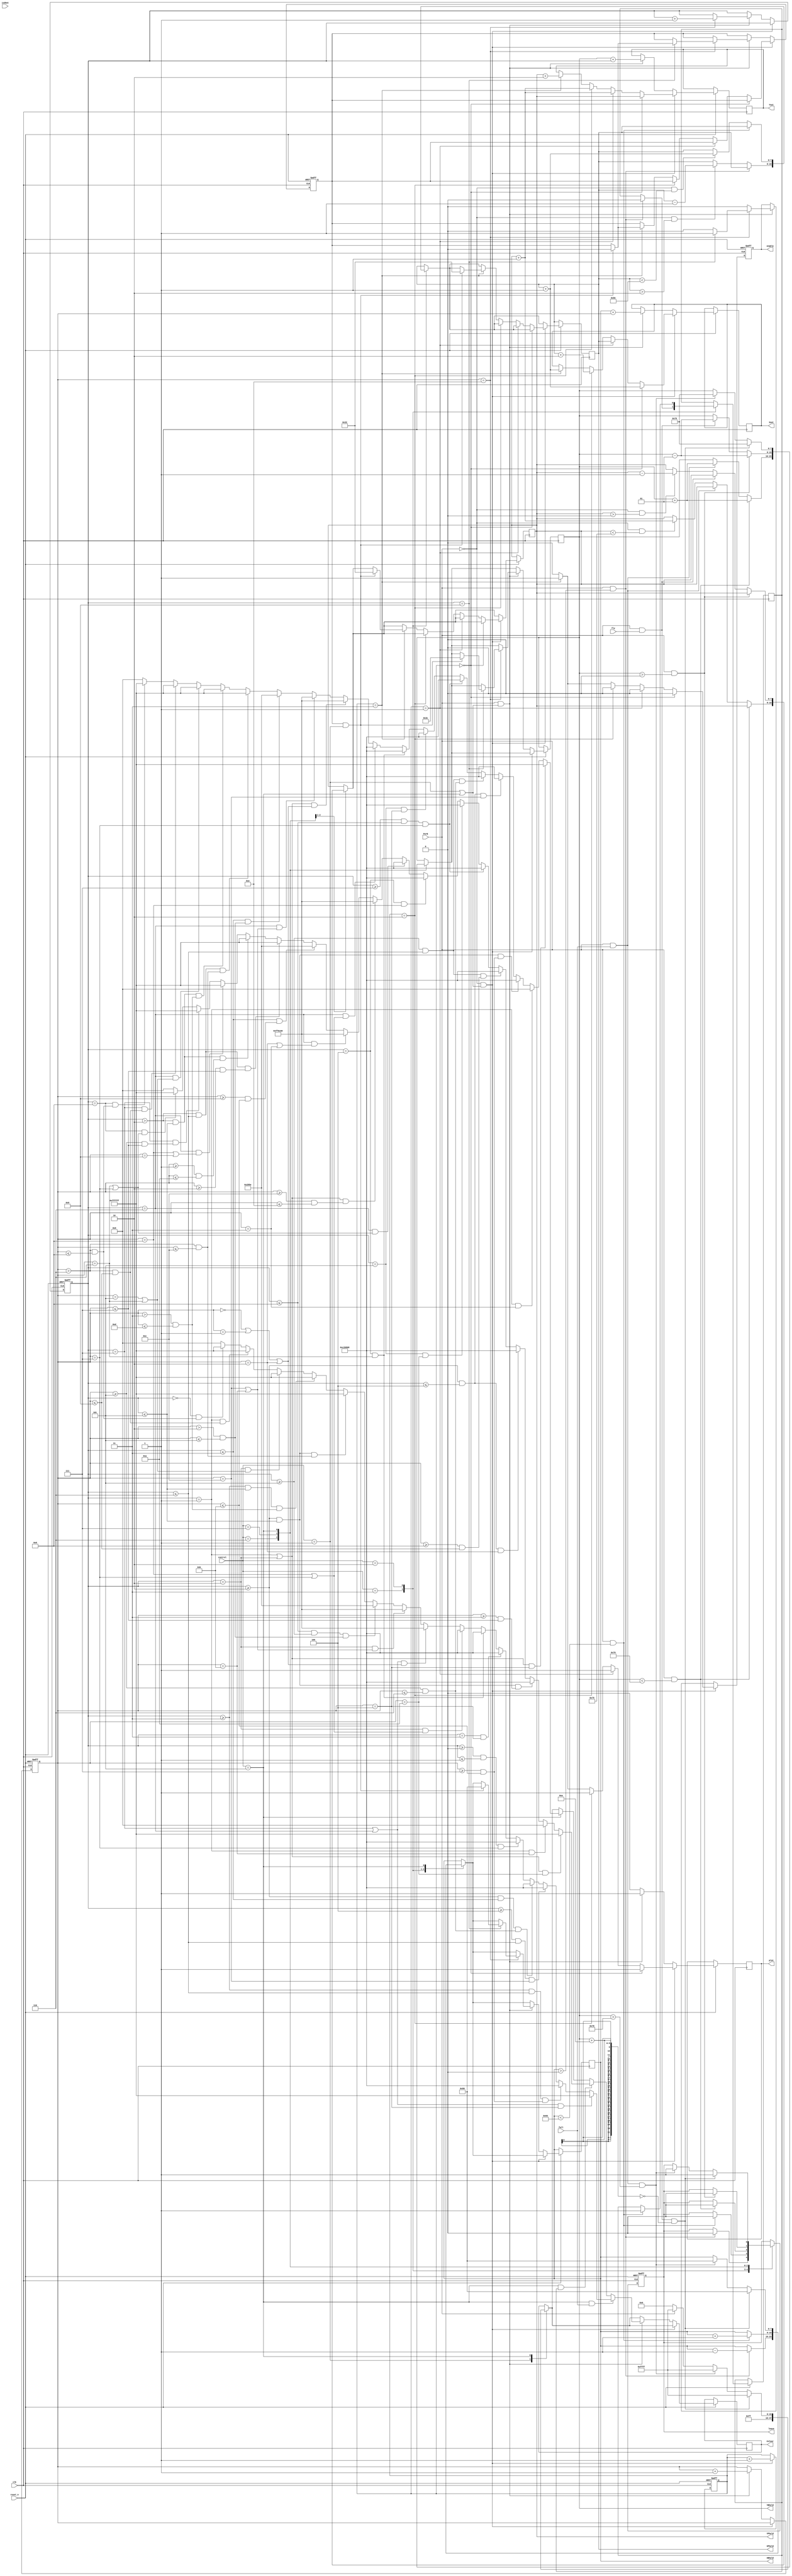
module MovementDatapath(clk, reset_n, control, Xout, Yout, Colour, plot, enable, PorB, isShot, XBhold, YBhold, XPhold, YPhold, fly, fall, leave);
	input       clk;
	input       reset_n;
	input [3:0] control;
	input       PorB;
	input 		isShot;
	input 		fly;
	input			fall;
	
	output reg [7:0] Xout = 50;
	output reg [7:0] Yout = 50;
	output reg [23:0] Colour = CROSSHAIR_COLOUR;
	output reg       plot   = 0;
	output reg       enable = 0;
	output reg		  leave = 0;
	
	reg       reset = 0;
	output reg [7:0] XPhold = 50;
	output reg [7:0] YPhold = 50;
	output reg [7:0] XBhold = 100;
	output reg signed [7:0] YBhold = 121;
	reg [1:0] drawCounter = 2'b00;
	reg [4:0] XBDraw = 5'b00000;
	reg [3:0] YBDraw = 4'b0000;
	reg right;
	
	localparam S_PREHOLD = 4'b0100,
				  S_HOLD    = 4'b0000,
				  S_P_CLEAR = 4'b0001,
				  S_P_LEFT  = 4'b0011,
				  S_P_RIGHT = 4'b0010,
				  S_P_DOWN  = 4'b0110,
				  S_P_UP    = 4'b0111,
				  S_P_DRAW  = 4'b0101;
			
	localparam HITBOX_X = 4'b1110,
				  HITBOX_Y = 4'b1001;
				  
				  
	localparam CROSSHAIR_RED    = 255,
				  CROSSHAIR_GREEN  = 0,
				  CROSSHAIR_BLUE   = 0,
				  CROSSHAIR_COLOUR = (CROSSHAIR_RED*65536) + (CROSSHAIR_GREEN*256) + CROSSHAIR_BLUE,
				  RED_COLOUR       = (194*65536) + (8*256) + 8,
				  WHITE_COLOUR     = (255*65536) + (255*256) + 255,
				  ORANGE_COLOUR    = (255*65536) + (108*256) + 0,
				  BROWN_COLOUR     = (0*65536) + (40*256) + 94,
				  BLACK_COLOUR     = 0;
	
	
	always @ (posedge clk, negedge reset_n)
	begin
		if(~reset_n)
		begin
			reset <= 1;
			enable <= 0;
			drawCounter <= 2'b00;
			XBDraw  <= 2'b00;
			YBDraw  <= 2'b00;
			leave <= 0;
		end
		
		else
		begin
			case(control)
				S_P_CLEAR:
				begin
					Colour <= BLACK_COLOUR;
				end
			
				S_P_LEFT: 
				begin
					if(PorB && XBhold > 0)
					begin
						leave <= 0;
						XBhold <= XBhold - 1;
						right <= 0;
					end
					else if(~PorB && XPhold > 2)
						XPhold <= XPhold - 1;
				end
				
				S_P_RIGHT: 
				begin
					if(PorB && XBhold < 160 - (HITBOX_X - 1)) // Max width
					begin
						leave <= 0;
						XBhold <= XBhold + 1;
						right <= 1;
					end
					else if(~PorB && XPhold < 158)
						XPhold <= XPhold + 1;
				end
				
				S_P_DOWN:
				begin
					if(PorB && YBhold < 120 - (HITBOX_Y - 1)) // Max height
					begin
						leave <= 0;
						YBhold <= YBhold + 1;
					end
					else if(PorB && fall)
						YBhold <= YBhold + 1;
					else if(~PorB && YPhold < 117)
						YPhold <= YPhold + 1;
				end
				
				S_P_UP: // UP
				begin
					if(PorB && YBhold > 0)
					begin
						leave <= 0;
						YBhold <= YBhold - 1;
					end
					else if(PorB && fly)
						YBhold <= YBhold - 1;
					else if(~PorB && YPhold > 0)
						YPhold <= YPhold - 1;
				end
				
				S_P_DRAW: // Draw
				begin
					if(PorB && fly && (YBhold + 10 == 0))
					begin
						leave <= 1;
						XBhold <= 80;
						YBhold <= 121;
						Colour <= WHITE_COLOUR;
					end
					else if (PorB && fall && (YBhold > 120))
					begin
						leave <= 1;
						XBhold <= 80;
						YBhold <= 121;
						Colour <= WHITE_COLOUR;
					end
					else if (PorB)
						Colour <= WHITE_COLOUR;
					else
						Colour <= CROSSHAIR_COLOUR;
				end
			endcase
			
			if(~PorB && (control == S_P_CLEAR || control == S_P_DRAW))
			begin
				enable <= 0;
				plot <= 1;
				if(drawCounter == 2'b00)
				begin
					Xout <= XPhold + 1;
					Yout <= YPhold;
				end
				
				else if(drawCounter == 2'b01)
				begin
					Xout <= XPhold;
					Yout <= YPhold + 1;
				end
				
				else if(drawCounter == 2'b10)
				begin
					Xout <= XPhold + 2;
					Yout <= YPhold + 1;
				end
				
				else if(drawCounter == 2'b11)
				begin
					Xout <= XPhold + 1;
					Yout <= YPhold + 2;
					enable <= 1;
				
					if(reset && control == S_P_CLEAR)
					begin
						XPhold  <= 50;
						YPhold  <= 50;
						reset <= 0;
					end
				end
				
				else
					plot <= 0;
					
				drawCounter <= drawCounter + 1;
			end
			
			else if(PorB && (control == S_P_CLEAR || control == S_P_DRAW)) // Bird
			begin
				enable <= 0;
				plot <= 1;
				
				Xout <= XBhold + XBDraw; 
				Yout <= YBhold + YBDraw;
				
				if(XBDraw == HITBOX_X)
				begin
					if(YBDraw == HITBOX_Y)
					begin
						enable <= 1;
							
						if(reset && control == S_P_CLEAR)
						begin
							XBhold  <= 80;
							YBhold  <= 60;
							reset <= 0;
						end
					end
					
					YBDraw <= YBDraw + 1;
				end
				
				XBDraw <= XBDraw + 1;
				
				if (control == S_P_DRAW && fall) // Pick C
				begin
					if ((YBDraw == 7 || YBDraw == 6) && XBDraw == 4)
						Colour <= WHITE_COLOUR;
					else if ((YBDraw >= 3 && YBDraw <= 6) &&(XBDraw >= 7 && XBDraw <= 11))
						Colour <= RED_COLOUR;
					else if ((YBDraw >= 4 && YBDraw <= 6) && XBDraw == 12)
						Colour <= RED_COLOUR;
					else if ((YBDraw >= 2 && YBDraw <= 3) &&(XBDraw >= 5 && XBDraw <= 6))
						Colour <= RED_COLOUR;
					else if ((YBDraw >= 0 && YBDraw <= 1) && XBDraw == 7)
						Colour <= RED_COLOUR;
					else if (YBDraw == 3 && XBDraw == 4)
						Colour <= RED_COLOUR;
					else if (YBDraw == 4 && XBDraw == 6)
						Colour <= RED_COLOUR;
					else if (YBDraw == 2 && (XBDraw == 8 || XBDraw == 7))
						Colour <= RED_COLOUR;
					else if ((YBDraw == 7 || YBDraw == 6) && (XBDraw == 0 || XBDraw == 1 || XBDraw == 2))
						Colour <= ORANGE_COLOUR;
					else if ((YBDraw == 2) && (XBDraw == 12 || XBDraw == 11))
						Colour <= ORANGE_COLOUR;
					else if ((YBDraw <= 8 && YBDraw >= 5)  && (XBDraw > 2 && XBDraw <= 5))
						Colour <= BROWN_COLOUR;
					else if ((YBDraw >= 2 && YBDraw <= 5) && (XBDraw > 6 && XBDraw <= 12))
						Colour <= WHITE_COLOUR;
					else if ((YBDraw >= 3 && YBDraw <= 5) && (XBDraw > 3 && XBDraw <= 13))
						Colour <= WHITE_COLOUR;
					else if (YBDraw == 2 && (XBDraw == 5 || XBDraw == 6))
						Colour <= WHITE_COLOUR;
					else if (YBDraw == 1 && (XBDraw > 6 && XBDraw <= 9))
						Colour <= WHITE_COLOUR;
					else if (YBDraw == 0 && (XBDraw > 6 && XBDraw <= 8))
						Colour <= WHITE_COLOUR;
					else
						Colour <= BLACK_COLOUR;
				end
				else if (control == S_P_DRAW && right) // Pick C
				begin
					if ((YBDraw == 1 || YBDraw == 2) && XBDraw == 10)
						Colour <= WHITE_COLOUR;
					else if (YBDraw == 1 && XBDraw == 11)
						Colour <= BLACK_COLOUR;
					else if ((YBDraw >= 2 && YBDraw <= 5) &&(XBDraw >= 3 && XBDraw <= 7))
						Colour <= RED_COLOUR;
					else if ((YBDraw >= 2 && YBDraw <= 4) && XBDraw == 2)
						Colour <= RED_COLOUR;
					else if ((YBDraw >= 5 && YBDraw <= 6) &&(XBDraw >= 8 && XBDraw <= 9))
						Colour <= RED_COLOUR;
					else if ((YBDraw >= 7 && YBDraw <= 8) && XBDraw == 7)
						Colour <= RED_COLOUR;
					else if (YBDraw == 5 && XBDraw == 10)
						Colour <= RED_COLOUR;
					else if (YBDraw == 4 && XBDraw == 8)
						Colour <= RED_COLOUR;
					else if (YBDraw == 6 && (XBDraw == 6 || XBDraw == 7))
						Colour <= RED_COLOUR;
					else if ((YBDraw == 1 || YBDraw == 2) && (XBDraw >= 12 && XBDraw <= 14))
						Colour <= ORANGE_COLOUR;
					else if ((YBDraw == 6) && (XBDraw == 2 || XBDraw == 3))
						Colour <= ORANGE_COLOUR;
					else if (YBDraw <= 3  && (XBDraw >= 9 && XBDraw <= 11))
						Colour <= BROWN_COLOUR;
					else if ((YBDraw > 2 && YBDraw <= 6) && (XBDraw >= 2 && XBDraw <= 7))
						Colour <= WHITE_COLOUR;
					else if ((YBDraw > 2 && YBDraw <= 5) && (XBDraw >= 1 && XBDraw <= 10))
						Colour <= WHITE_COLOUR;
					else if (YBDraw == 6 && (XBDraw == 8 || XBDraw == 9))
						Colour <= WHITE_COLOUR;
					else if (YBDraw == 7 && (XBDraw >= 5 && XBDraw <= 7))
						Colour <= WHITE_COLOUR;
					else if (YBDraw == 8 && (XBDraw == 6 || XBDraw == 7))
						Colour <= WHITE_COLOUR;
					else
						Colour <= BLACK_COLOUR;
				end
				else if (control == S_P_DRAW) // Pick C
				begin
					if ((YBDraw == 1 || YBDraw == 2) && XBDraw == 4)
						Colour <= WHITE_COLOUR;
					else if (YBDraw == 1 && XBDraw == 3)
						Colour <= BLACK_COLOUR;
					else if ((YBDraw >= 2 && YBDraw <= 5) &&(XBDraw >= 7 && XBDraw <= 11))
						Colour <= RED_COLOUR;
					else if ((YBDraw >= 2 && YBDraw <= 4) && XBDraw == 12)
						Colour <= RED_COLOUR;
					else if ((YBDraw >= 5 && YBDraw <= 6) &&(XBDraw >= 5 && XBDraw <= 6))
						Colour <= RED_COLOUR;
					else if ((YBDraw >= 7 && YBDraw <= 8) && XBDraw == 7)
						Colour <= RED_COLOUR;
					else if (YBDraw == 5 && XBDraw == 4)
						Colour <= RED_COLOUR;
					else if (YBDraw == 4 && XBDraw == 6)
						Colour <= RED_COLOUR;
					else if (YBDraw == 6 && (XBDraw == 8 || XBDraw == 7))
						Colour <= RED_COLOUR;	
					else if ((YBDraw == 1 || YBDraw == 2) && (XBDraw == 0 || XBDraw == 1 || XBDraw == 2))
						Colour <= ORANGE_COLOUR;
					else if ((YBDraw == 6) && (XBDraw == 12 || XBDraw == 11))
						Colour <= ORANGE_COLOUR;
					else if (YBDraw <= 3  && (XBDraw > 2 && XBDraw <= 5))
						Colour <= BROWN_COLOUR;
					else if ((YBDraw > 2 && YBDraw <= 6) && (XBDraw > 6 && XBDraw <= 12))
						Colour <= WHITE_COLOUR;
					else if ((YBDraw > 2 && YBDraw <= 5) && (XBDraw > 3 && XBDraw <= 13))
						Colour <= WHITE_COLOUR;
					else if (YBDraw == 6 && (XBDraw == 5 || XBDraw == 6))
						Colour <= WHITE_COLOUR;
					else if (YBDraw == 7 && (XBDraw > 6 && XBDraw <= 9))
						Colour <= WHITE_COLOUR;
					else if (YBDraw == 8 && (XBDraw > 6 && XBDraw <= 8))
						Colour <= WHITE_COLOUR;
					else
						Colour <= BLACK_COLOUR;
				end
				
			end
			else
			begin
				plot <= 0;
			end
		end
	end
endmodule